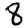
Digit: 8